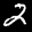
Label: 2